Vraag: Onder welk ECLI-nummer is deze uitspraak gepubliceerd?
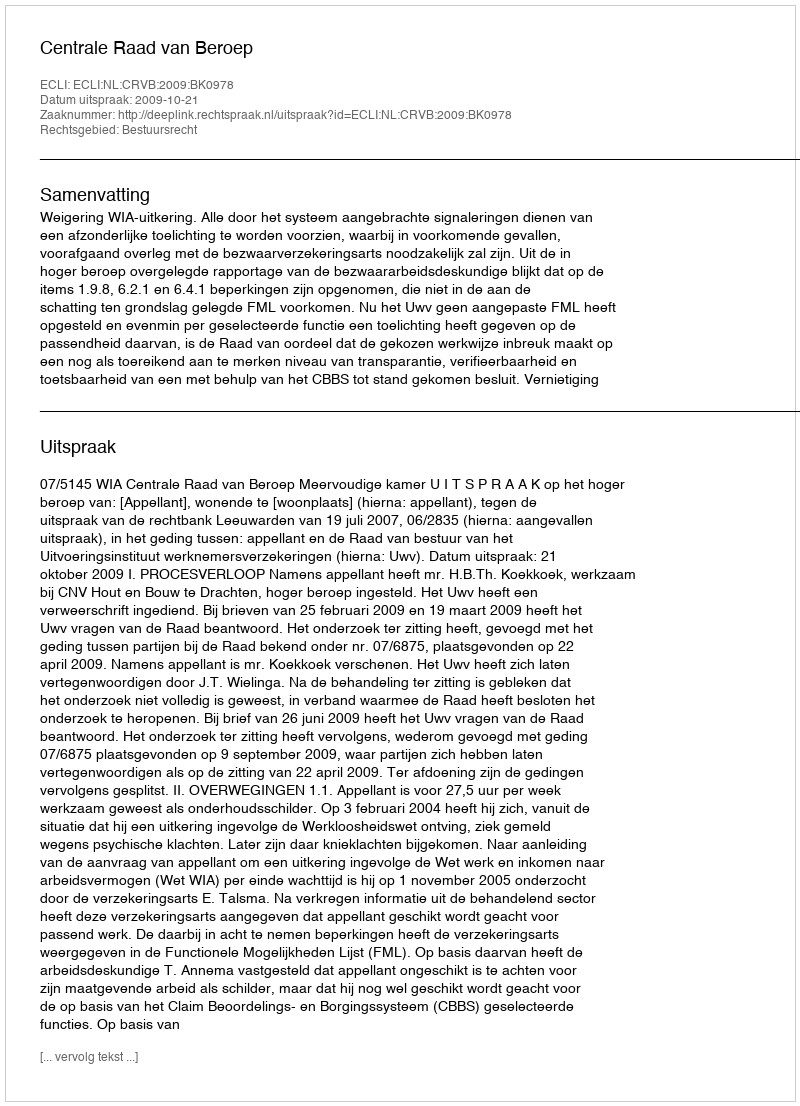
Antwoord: ECLI:NL:CRVB:2009:BK0978